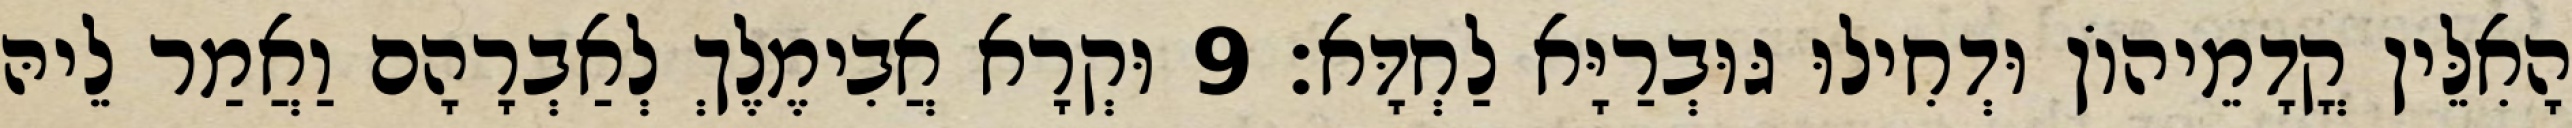
הָאִלֵּין קֳדָמֵיהוֹן וּדְחִילוּ גּוּבְרַיָּא לַחְדָּא׃ 9 וּקְרָא אֲבִימֶלֶךְ לְאַבְרָהָם וַאֲמַר לֵיהּ